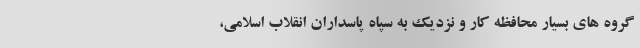
گروه های بسیار محافظه کار و نزدیک به سپاه پاسداران انقلاب اسلامی،